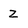
Character: Z